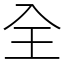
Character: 全